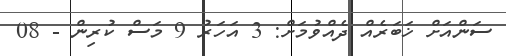
ސަންއަށް ޚަބަރެއް ދެއްވުމަށް: 3 އަހަރު 9 މަސް ކުރިން - 08